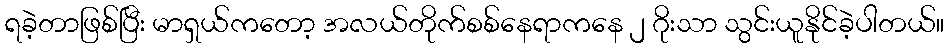
ရခဲ့တာဖြစ်ပြီး မာရှယ်ကတော့ အလယ်တိုက်စစ်နေရာကနေ ၂ ဂိုးသာ သွင်းယူနိုင်ခဲ့ပါတယ်။